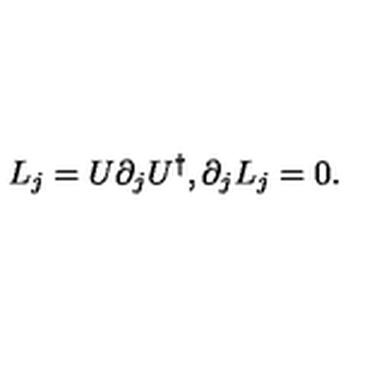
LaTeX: L _ { j } = U \partial _ { j } U ^ { \dagger } , \partial _ { j } L _ { j } = 0 .